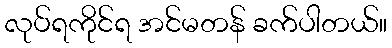
လုပ်ရကိုင်ရ အင်မတန် ခက်ပါတယ်။